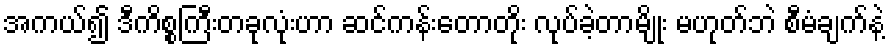
အကယ်၍ ဒီကိစ္စကြီးတခုလုံးဟာ ဆင်ကန်းတောတိုး လုပ်ခဲ့တာမျိုး မဟုတ်ဘဲ စီမံချက်နဲ့